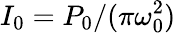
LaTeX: I_{0}=P_{0}/(\pi\omega_{0}^{2})